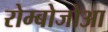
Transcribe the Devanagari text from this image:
रोम्बोजोआ